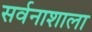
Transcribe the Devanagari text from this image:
सर्वनाशाला